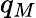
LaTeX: q_{M}